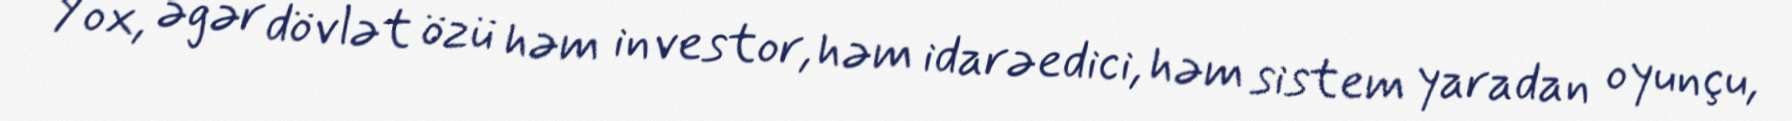
Yox, əgər dövlət özü həm investor, həm idarəedici, həm sistem yaradan oyunçu,